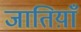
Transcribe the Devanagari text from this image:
जातिय़ाँ